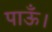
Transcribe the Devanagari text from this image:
पाऊँ।